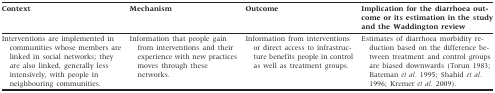
| Context | Mechanism | Outcome | Implication for the diarrhoea outcome or its estimation in the study and the Waddington review |
 | --- | --- | --- | --- |
 | Interventions are implemented in communities whose members are linked in social networks; they are also linked, generally less intensively, with people in neighbouring communities. | Information that people gain from interventions and their experience with new practices moves through these networks. | Information from interventions or direct access to infrastructure benefits people in control as well as treatment groups. | Estimates of diarrhoea morbidity reduction based on the difference between treatment and control groups are biased downwards (Torun 1983; Bateman et al. 1995; Shahid et al. 1996; Kremer et al. 2009). |